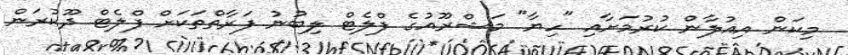
މިކަން އިއުލާން ކުރުމަށާއި "ހިޔާ" މަޝްރޫއުގެ ފްލެޓް ލިބުނު ފަރާތްތަކަށް ފްލެޓް ދޫކުރަން